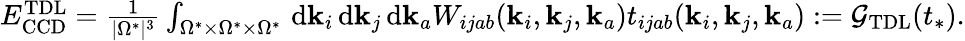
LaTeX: \begin{array}{r}{E_{\mathrm{CCD}}^{\mathrm{TDL}}=\frac{1}{|\Omega^{*}|^{3}}\int_{\Omega^{*}\times\Omega^{*}\times\Omega^{*}}\, \mathrm{d}\mathbf{k}_{i}\, \mathrm{d}\mathbf{k}_{j}\, \mathrm{d}\mathbf{k}_{a}W_{ijab}(\mathbf{k}_{i},\mathbf{k}_{j},\mathbf{k}_{a})t_{ijab}(\mathbf{k}_{i},\mathbf{k}_{j},\mathbf{k}_{a}):=\mathcal{G}_{\mathrm{TDL}}(t_{*}).}\end{array}